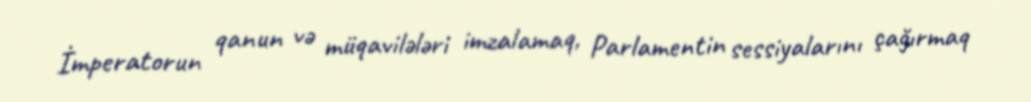
İmperatorun qanun və müqavilələri imzalamaq, Parlamentin sessiyalarını çağırmaq